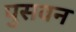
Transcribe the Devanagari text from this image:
पुसवन